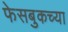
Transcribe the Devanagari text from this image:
फेसबुकच्या